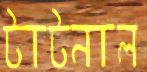
টাটনাল